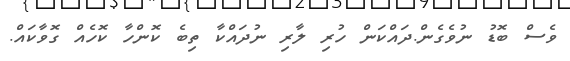
ވެސް ބޮޑު ނުވެގެން.ދައްކަން ހުރި ލާރި ނުދައްކާ ތިބެ ކޮންހާ ކޮހެއް ގޮވާކައް.